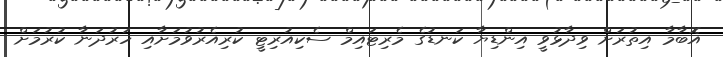
އޮބާމާ އިތުރަށް ވިދާޅުވީ އިންޑިޔާ ކަނޑުގެ މެރިޓައިމް ސެކިއުރިޓީ ކުރިއެރުވުމަށާއި ހަރުދަނާ ކުރުމަށް